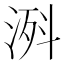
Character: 𣷊